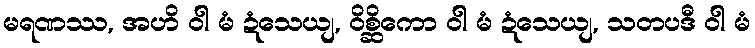
မရဏဿ, အဟိ ဝါ မံ ဍံသေယျ, ဝိစ္ဆိကော ဝါ မံ ဍံသေယျ, သတပဒီ ဝါ မံ